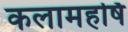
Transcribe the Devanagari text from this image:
कलामहर्षि